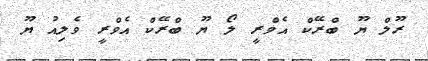
ރޫލް ޔޫ ބްރޭކް އެވްރީ ލޯ ޔޫ ބްރޭކް އެވްރީ ވެލިއު ޔޫ